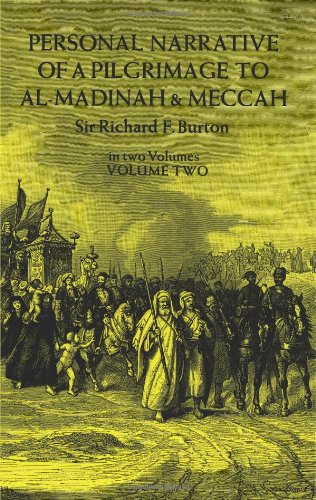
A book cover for Personal Narrative of a Pilgrimage to Al Madinah and Meccah (Volume 2); Richard Burton; Religion & Spirituality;